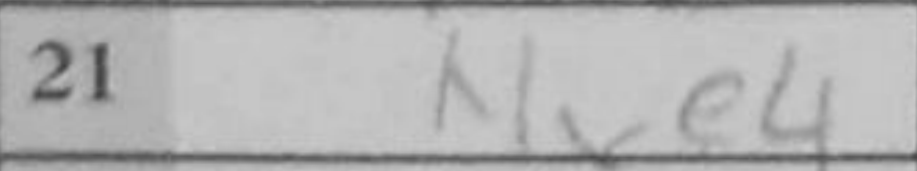
Transcription: Nxe4